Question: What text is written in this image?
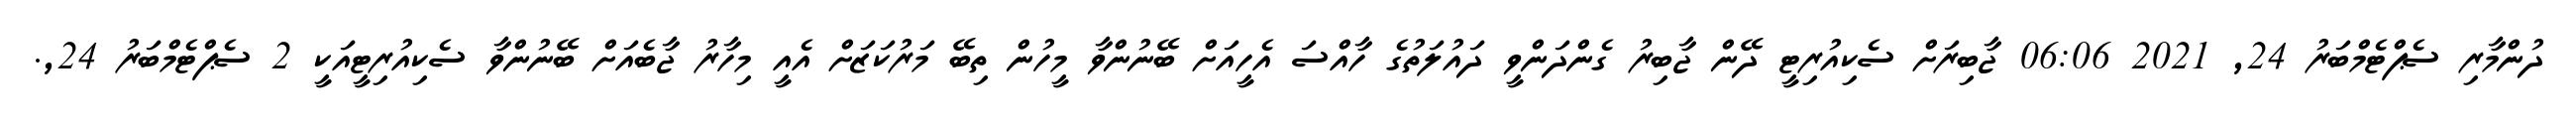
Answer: ދުންމާރި ސެޕްޓެމްބަރު 24, 2021 06:06 ޖާބިރަށް ސެކިއުރިޓީ ދޭން ޖާބިރު ގެންދަންވީ ދައުލަތުގެ ހާއްސަ އެހީއަށް ބޭނުންވާ މީހުން ތިބޭ މަރުކަޒަށް އެއީ މިހާރު ޖާބެއަށް ބޭނުންވާ ސެކިއުރިޓީއަކީ 2 ސެޕްޓެމްބަރު 24,.